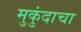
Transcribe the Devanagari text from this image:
मुकुंदाचा